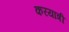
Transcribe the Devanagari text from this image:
करयात्री